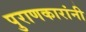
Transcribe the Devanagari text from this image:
पुराणकारांनी